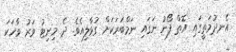
އެނދުމަތީގައި އޮތް ފޯނު ނަގައި ނަމްބަރަކަށް ގުޅާލިއެވެ. ދެ މިނިޓު ވަރު ވާހަކަ